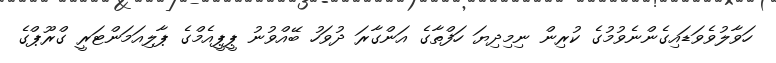
ހަވާލުވެވަޑައިގެންނެވުމުގެ ކުރިން ނިމިދިޔަ ހަފްތާގެ އަންގާރަ ދުވަހު ބޭއްވުނު ޕީޕީއެމްގެ ޕާލިއަމަންޓަރީ ގްރޫޕްގެ